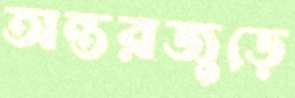
অন্তরজুড়ে